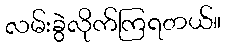
လမ်းခွဲလိုက်ကြရတယ်။